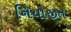
નિયોજીત